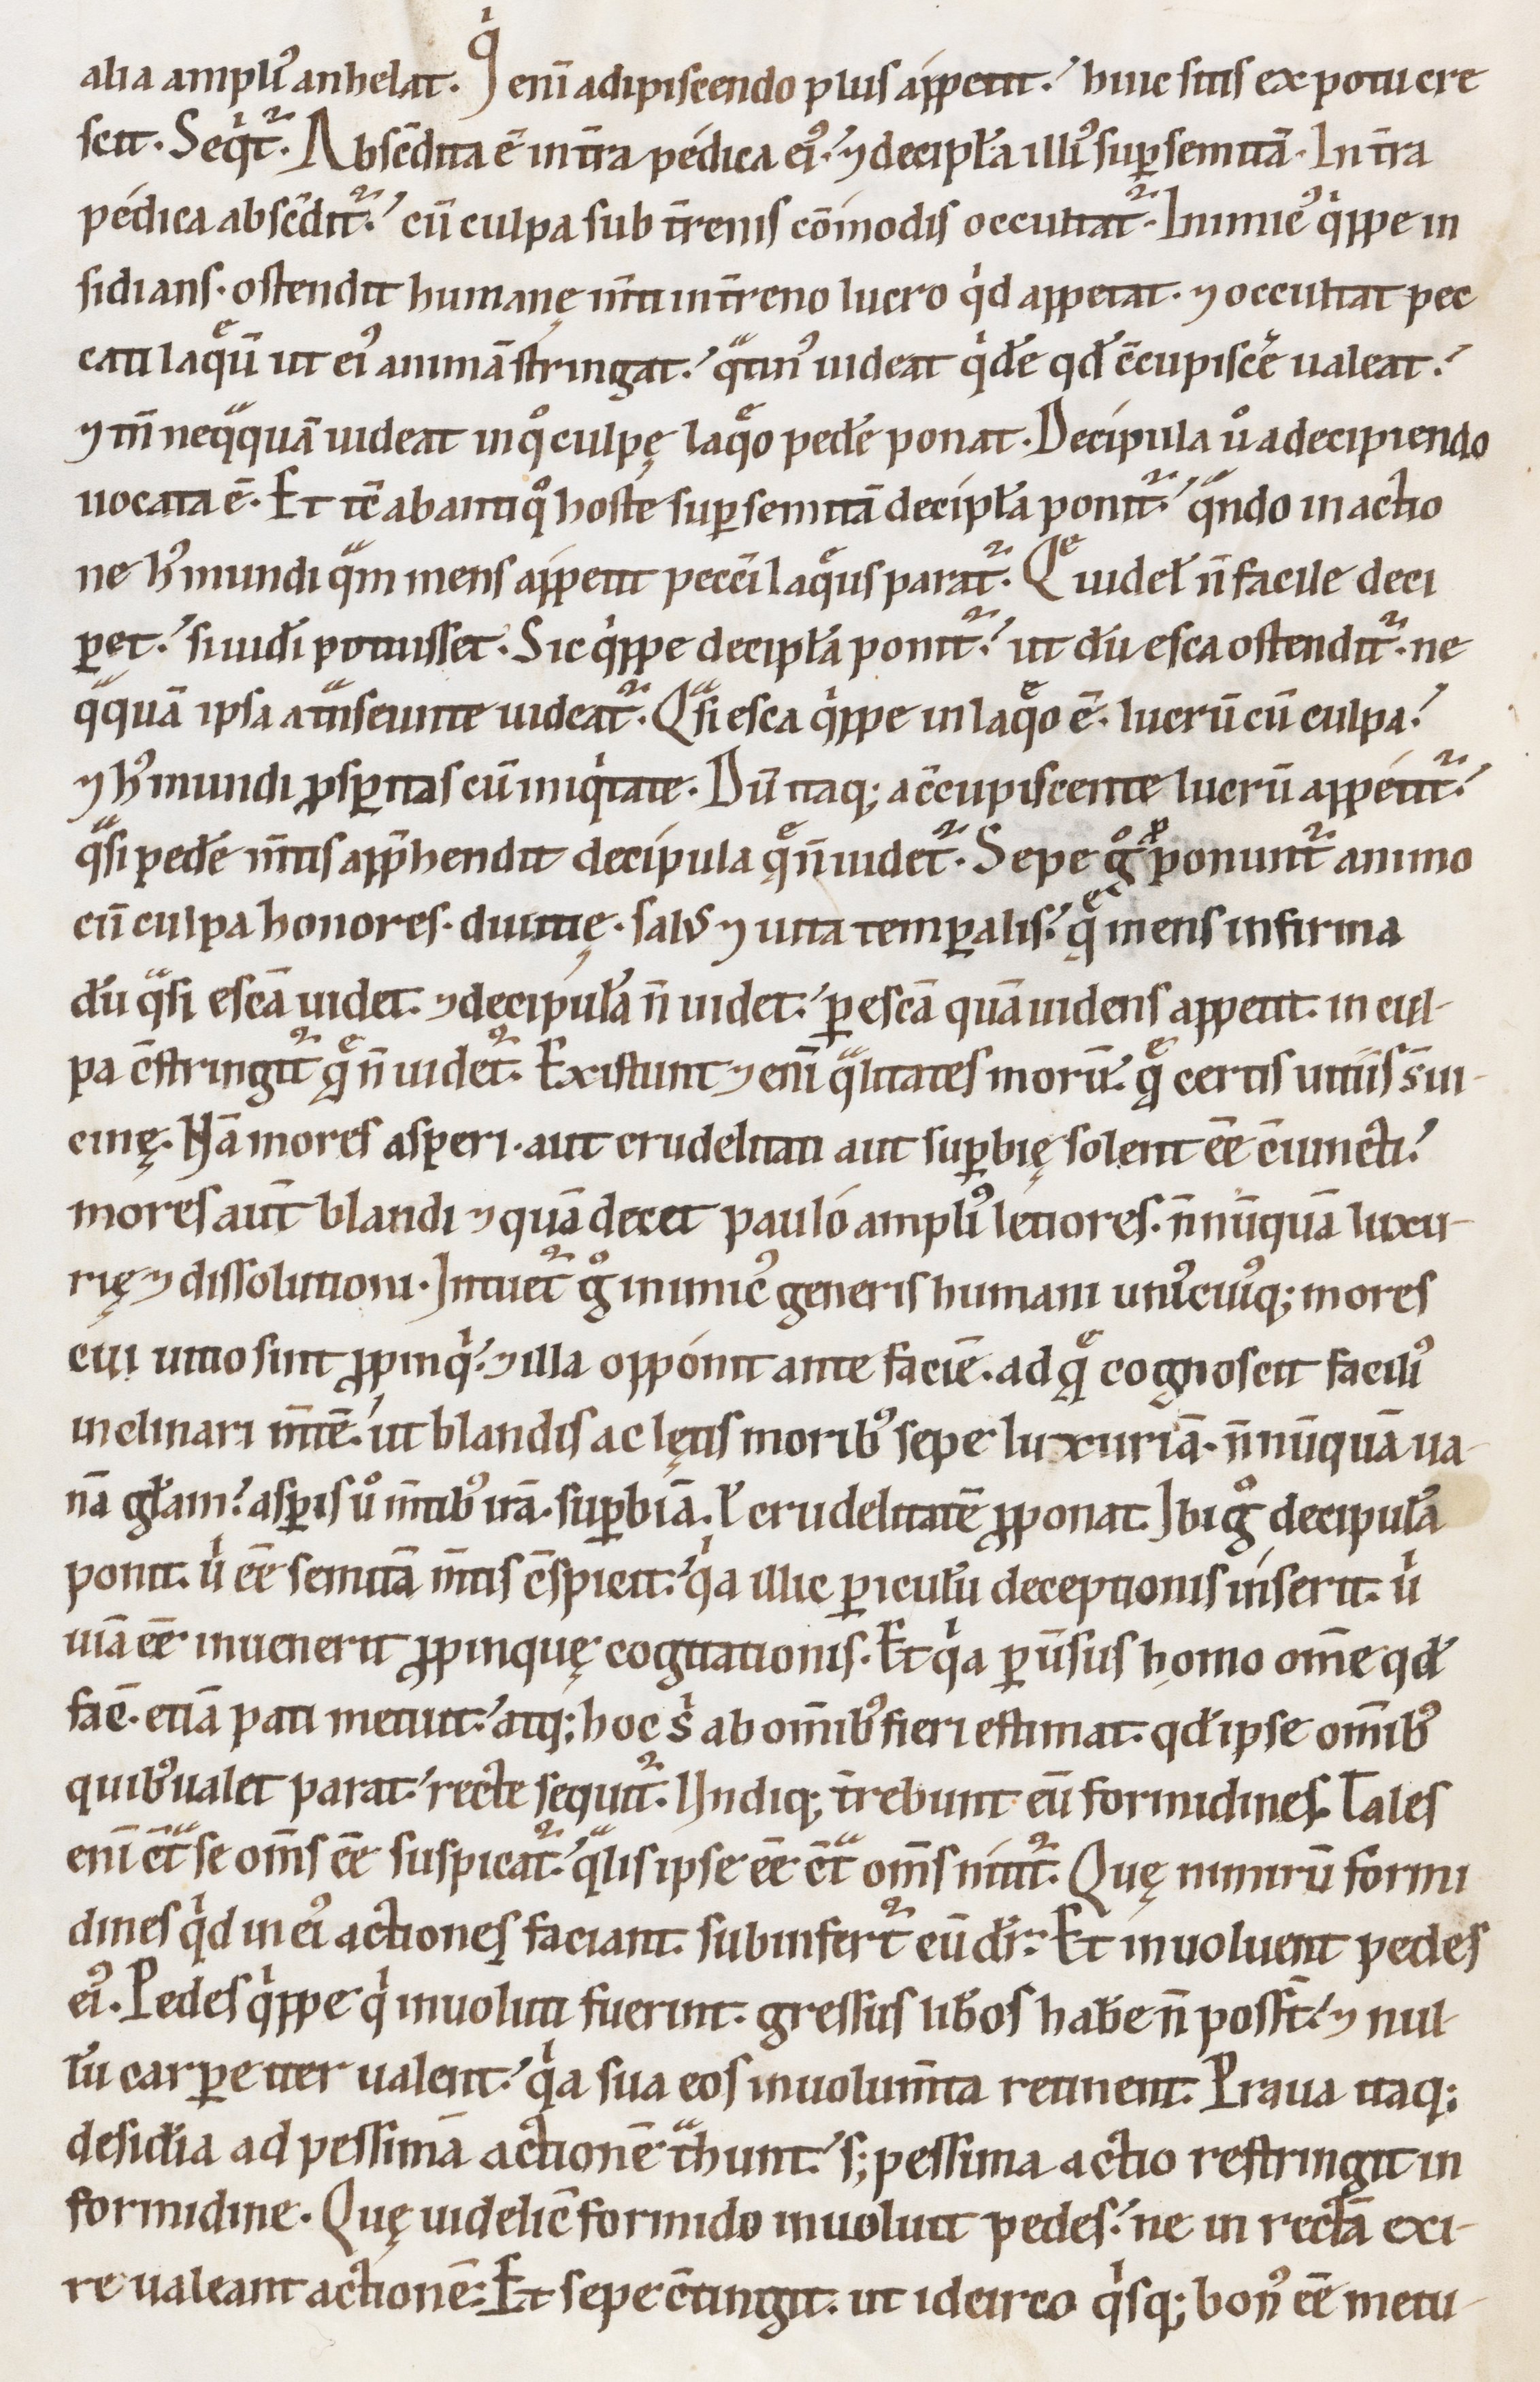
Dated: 1100–1199